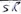
Text: SR